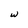
Character: w